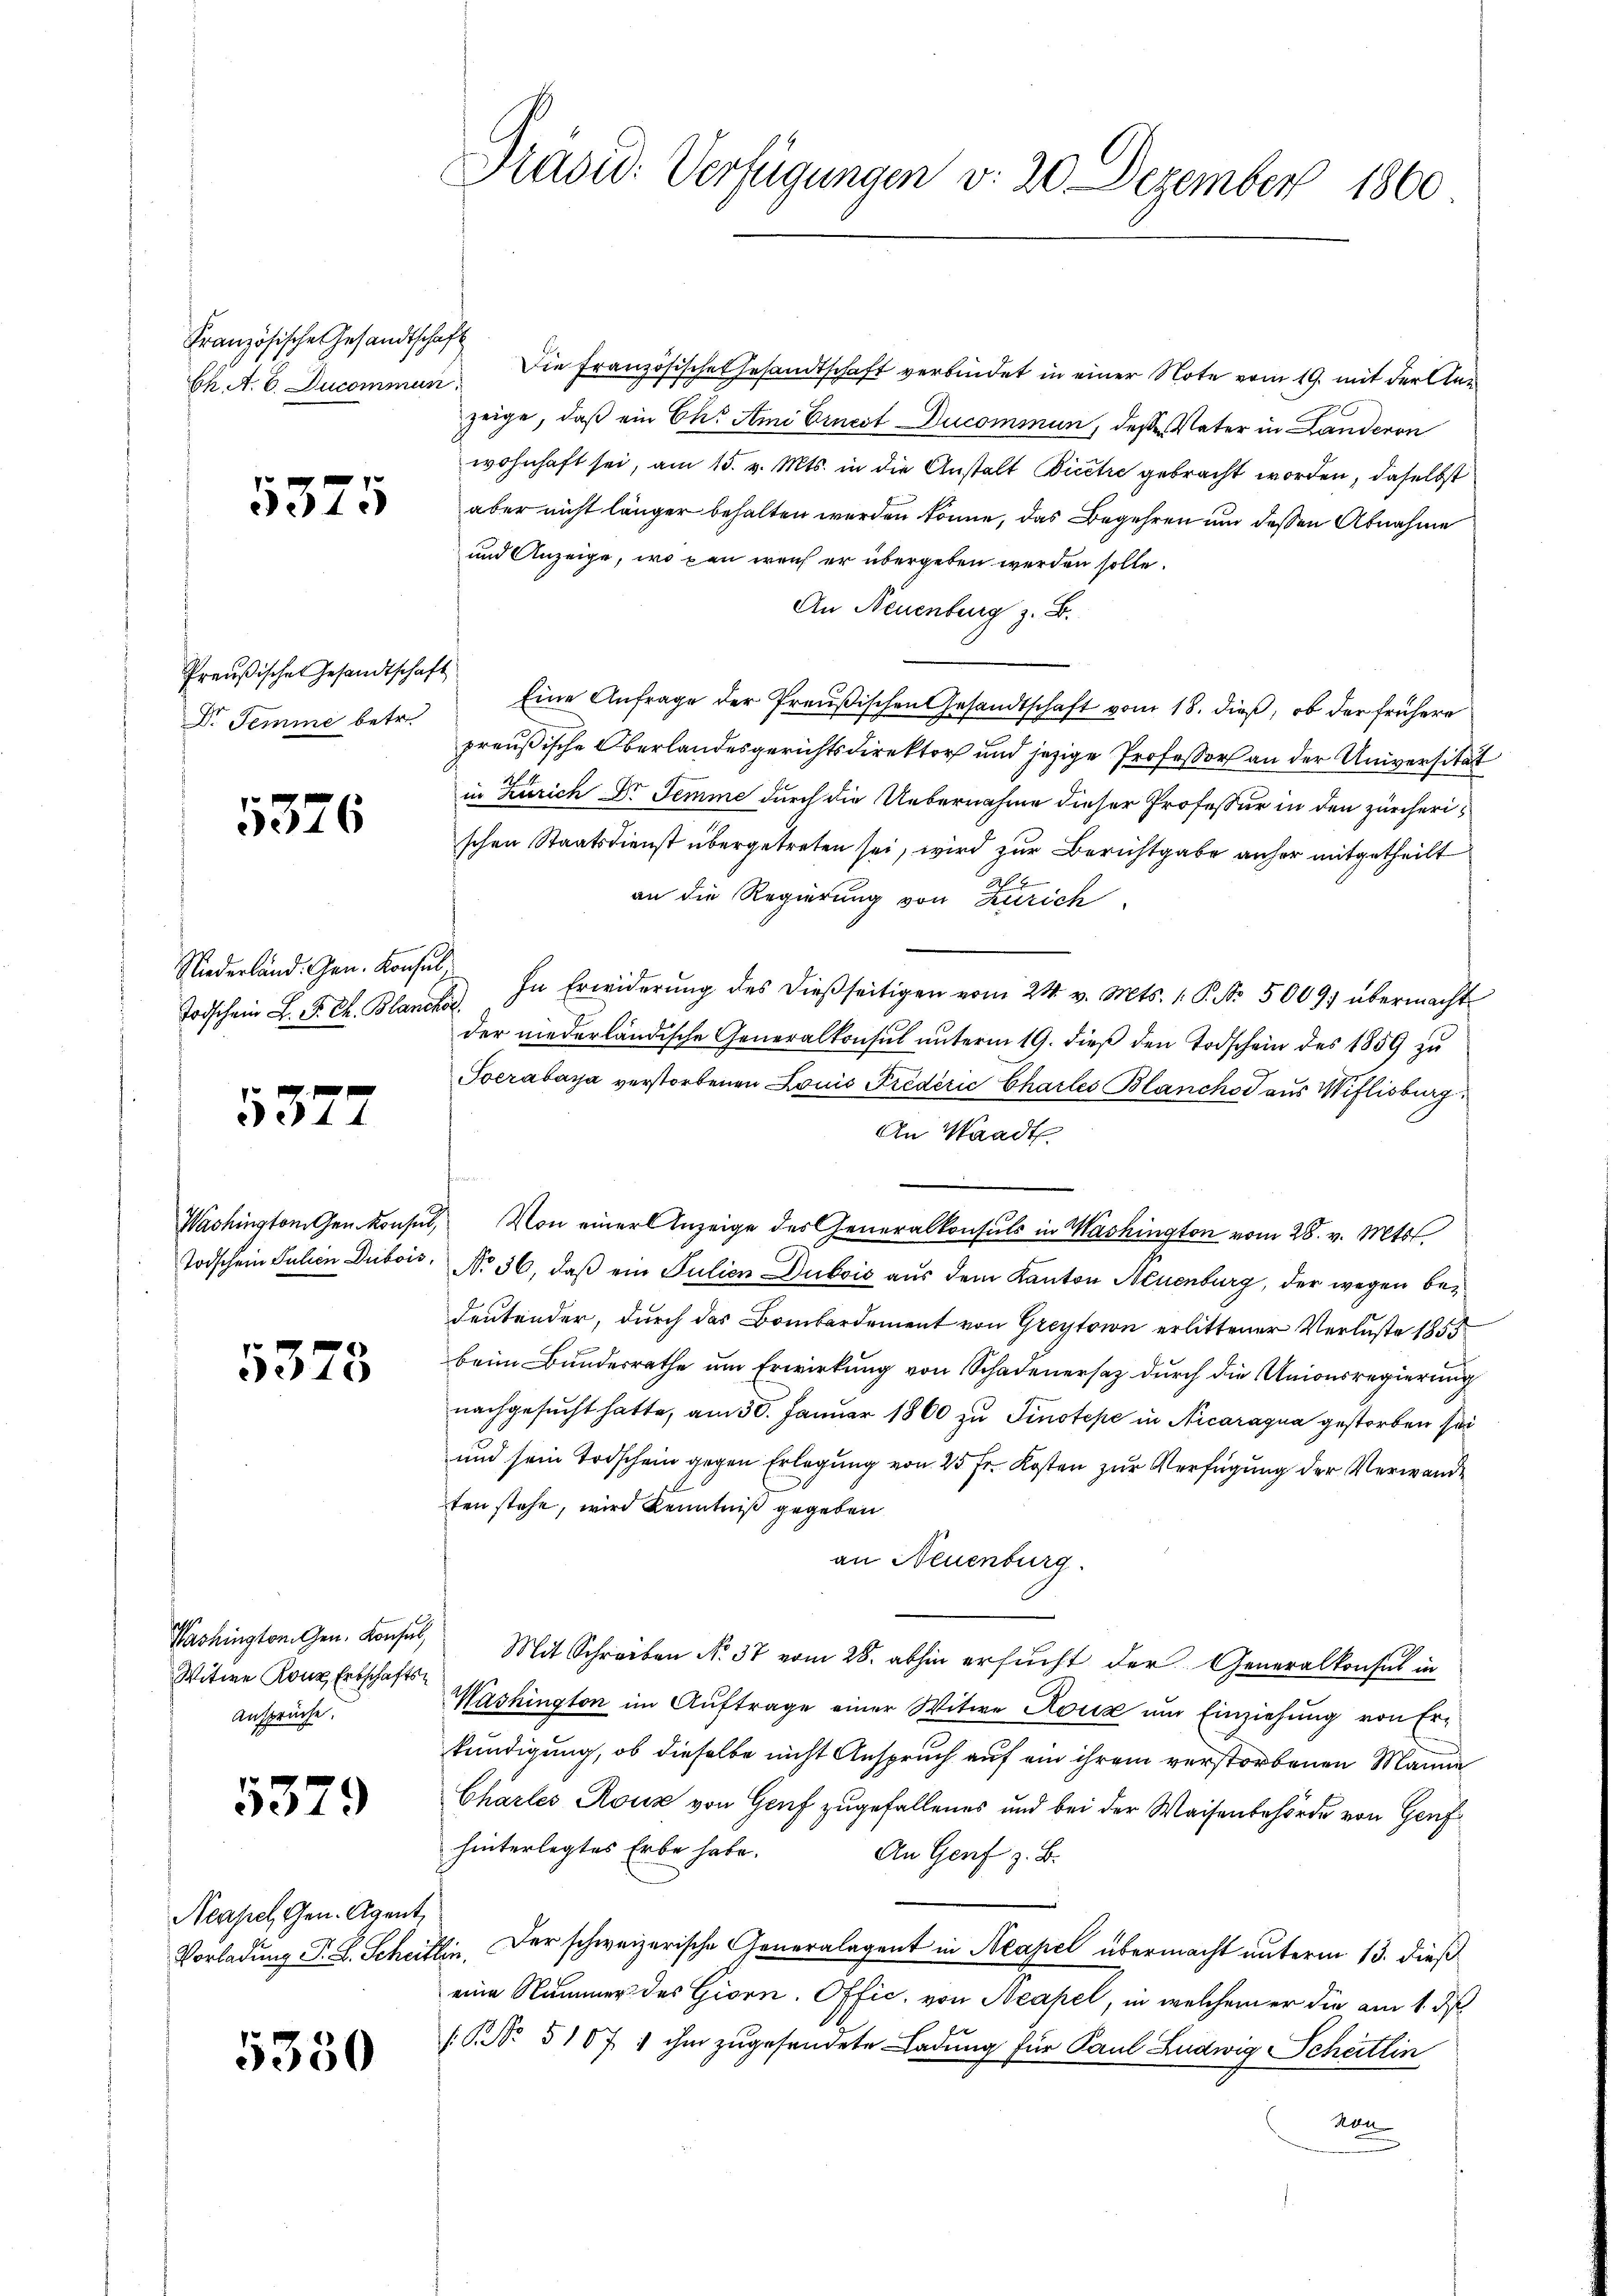
Französische Gesandtschaft

1375

Preußisches Gesandtschaf
Dr Temme betr.

5376

Niederland. Gen. Konsul

5372

Washington Gen. Konsul,
Todschein Julien Dribois,

5373

Washington Gen. Konsul,
Witwe Konz Erbschafts¬
Ansprüche.

5379

Neapel, Gen. Agent
Vorladung P. R. Schei

5350

Präsid. Verfügungen v. 20 Dezember 1860

Ch. A. E. Ducommen. Die Französische Gesandtschaft verbindet in einer Note vom 19. mit der Anzeige, daß ein Chr Ami Ernest Ducommun, deßen Vater in Landeren
wohnhaft sei, am 15. v. Mts. in die Anstalt Bicere gebracht worden, daselbst
aber nicht länger behalten werden könne, das Begehren und dessen Abnahme
und Anzeige, wo pan was er übergeben werden solle.
An Neuenburg z. B.
4
Eine Anfrage der Preußischen Gesandtschaft vom 18. dieß, ob der frühere
preußische Oberlandesgerichtsdirektor und jezige Professor an der Universität
in Zürich Dr Temme durch die Uebernahme dieser Professur in den zürcherischen Staatsdienst übergetreten sei, wird zur Berichtgabe anher mitgetheilt
an die Regierung von Zürich
Todschein L. St. G. Blanches. In Erwiderŭng des dieβseitigen vom 24. v. Mts. 1. P. Nr. 50097 übermacht
der niederländische Generalkonsul unterm 19. dieß den Todschein des 1859 zu
Socrabaya verstorbenen Louis Frederić Charles Blanchor aus Wiflisburg
An Waadt.
 Von einer Anzeige des Generalkonsuls in Washington vom 28. v. Mts.
No 36, daß ein Julien Duboić aus dem Kanton Neuenburg, der wegen bedeutender, durch das Bombardement von Greytaion erlittener Verluste 1855
beim Bundesrathe um Erwirkung von Schadenersaz durch die Unionsregierung
nachgesucht hatte, am 30. Januar 1860 zu Tinotepe in Nicaragua gestorben sei
und sein Todschein gegen Erlegung von 25 Fr. Kosten zur Verfügung der Verwande
ten stehe, wird Kenntniß gegeben
an Neuenburg.
" Mit Schreiben No. 37 vom 28. abhin ersucht der Generalkonsul in
Washington im Auftrage einer Witwe Koria um Einziehung von Erkundigung, ob dieselbe nicht Anspruch auf ein ihrem verstorbenen Manne
Chärtes Rouz von Genf zugefallenes und bei der Waisenbehörde von Genf
hinterlegtes Erbe habe.
An Genf z. B.
Ein. Der schweizerische Generalagent in Neapel übermacht unterm 13. dieß
eine Nummer des Giorn. Offic, von Neapel, in welchem er die am 1. ds
NNo. 5107 : ihm zugesendete Ladung für Paul Ludwig Scheitlin
don